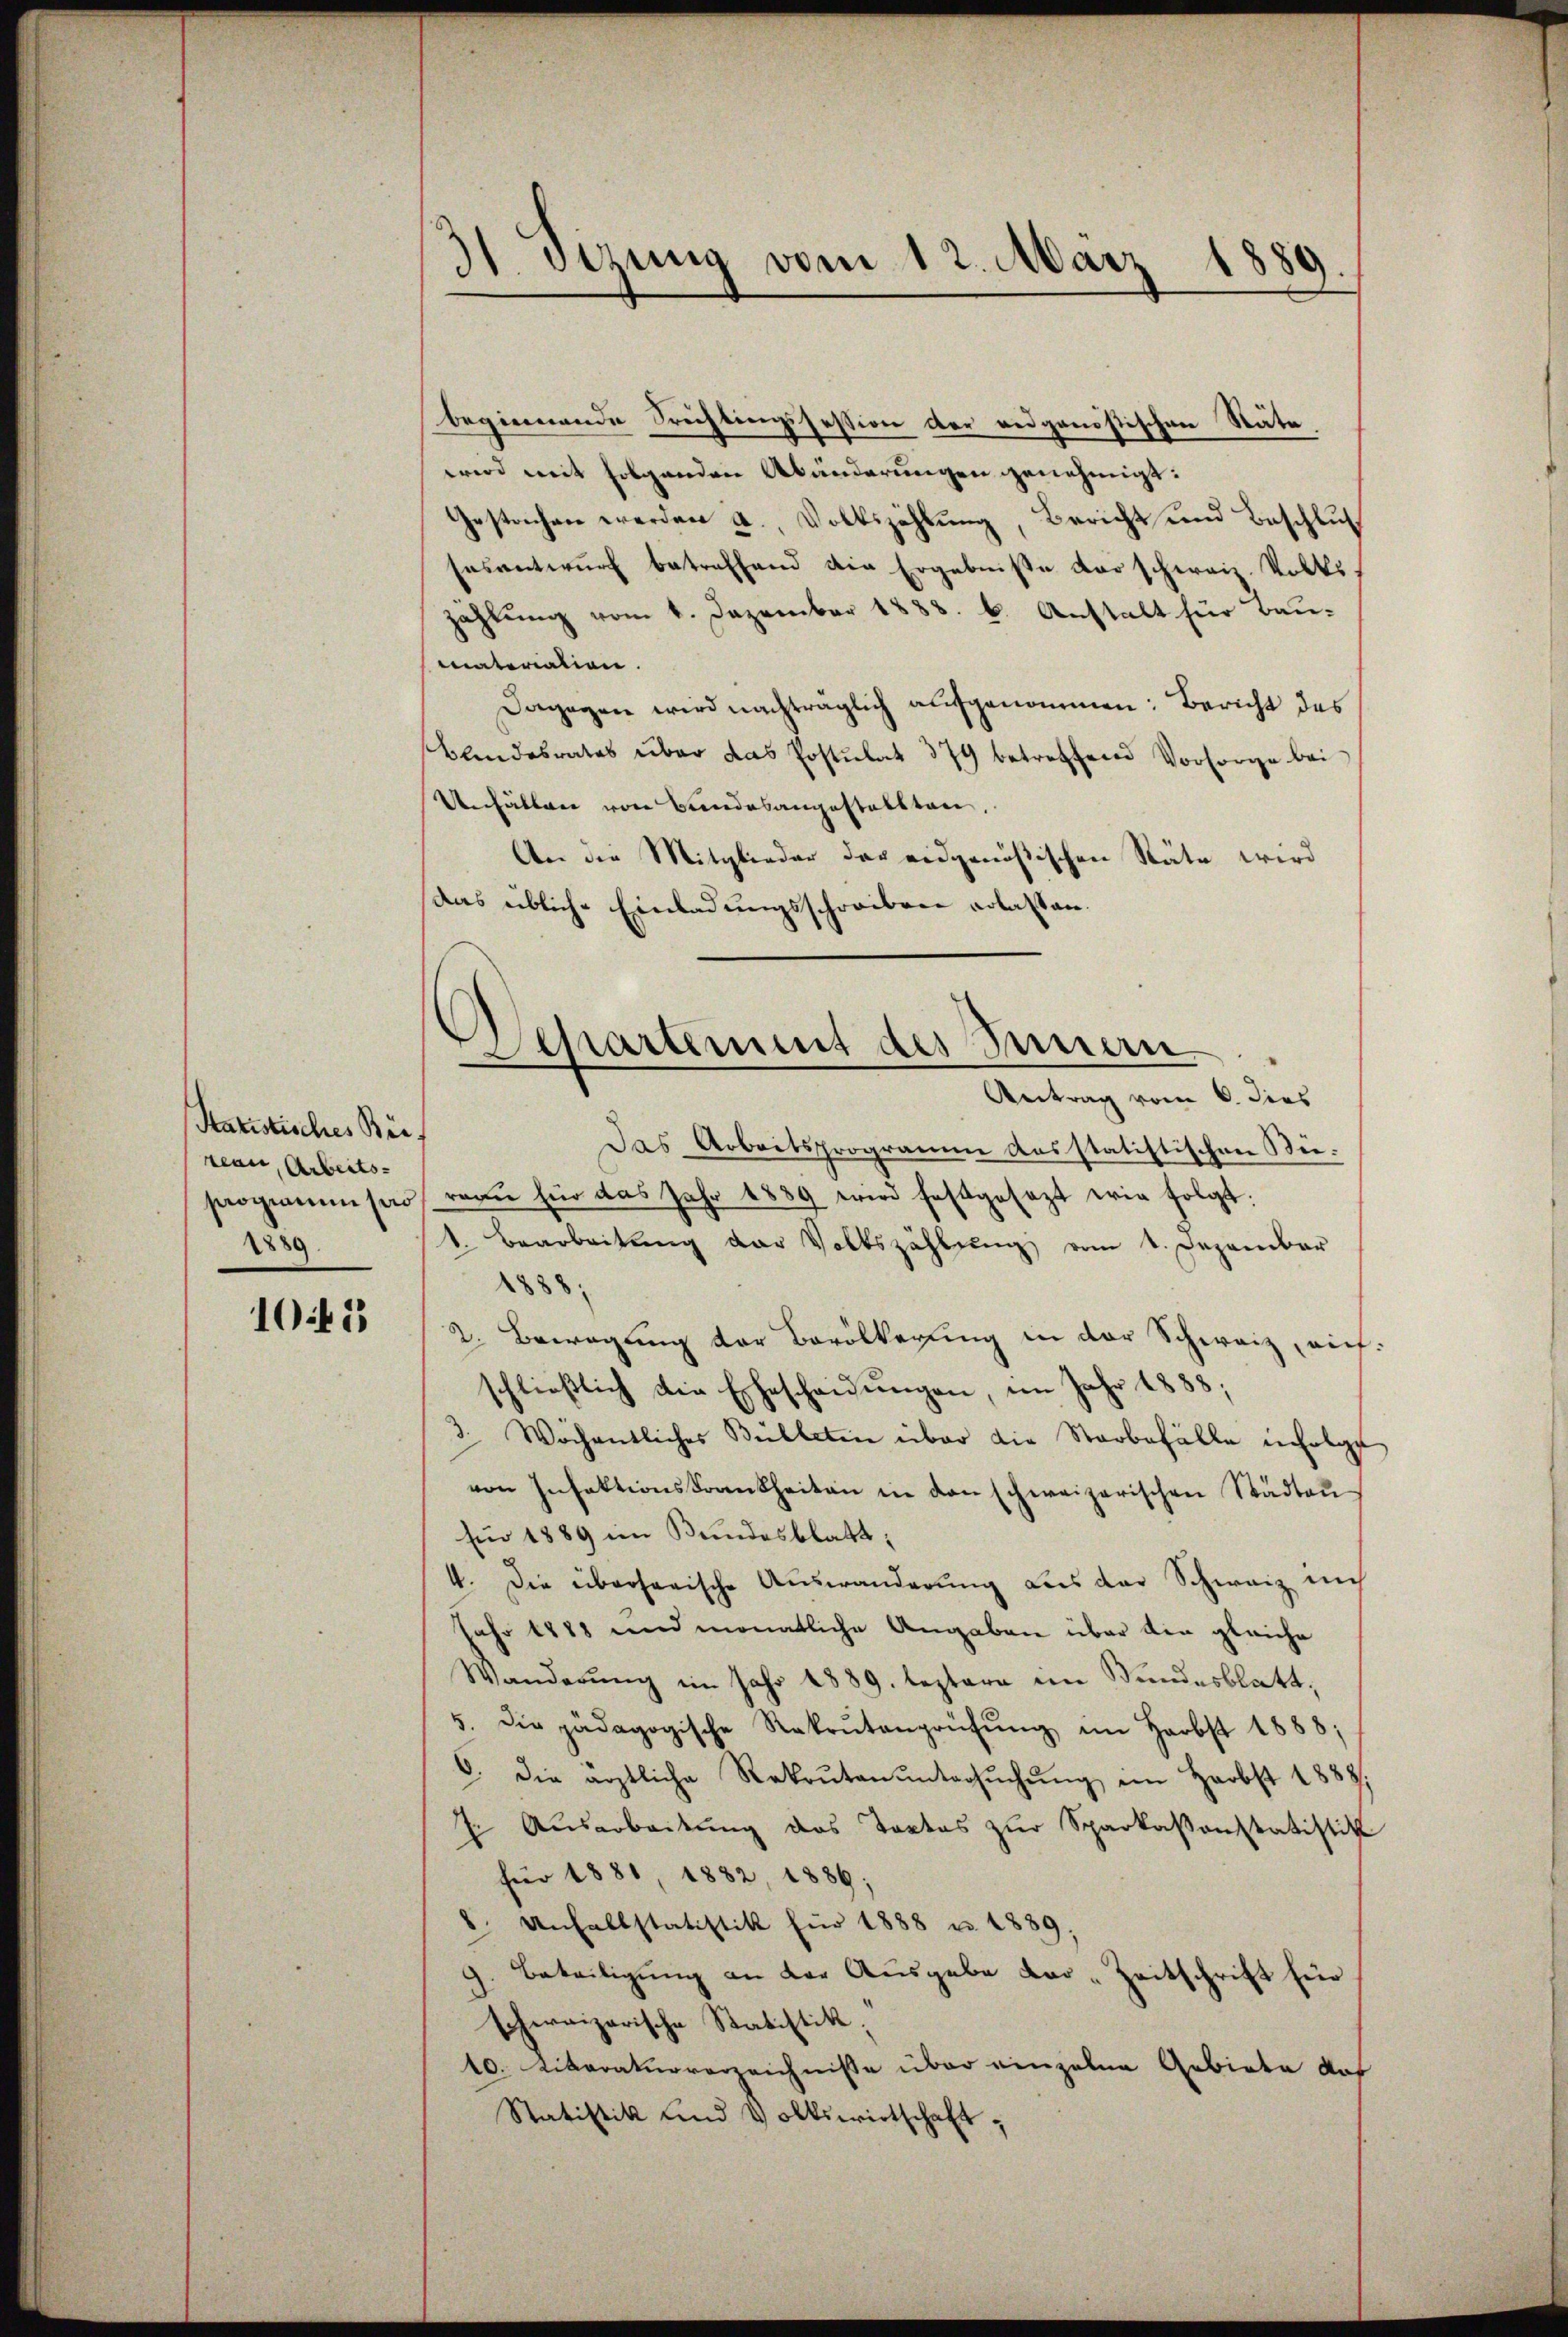
Statistisches Beitean, Arbeits-
1889

10 f 3

31. Dizung vom 12. Maiz
1889.
.
e
e

begiennende Trichtungssession der eidgenössischen Stäte
wird mit folgenden Abänderungen genehmigt:
Gestachen werden a. Volkszählung, Bericht und Beschluß
sesanterŭrf betreffend die Ergebniße der schweiz. Volks,
zahlung vom 6. Dezember 1888. b. Anstalt für Bau-
materialien.
Dagegen wird nachträglich aufgenommen: Bericht des
Bandesrates über das Postulat 379 betreffend Vorsorge bei
Unfällen von Bundesangestallten,
An die Mitglieder der eidgenößischen Stäte wird
das übliche Einladungsschreiben erlassen.
Das Arbeitsprogramm ausstatistischen Bieprogrammsas reaŭ für das Jahr 1889 wird festgesezt wir folgt:
1. Bearbeitŭng der Volkszählŭng vom 1. Dezember
1888.
2. Bewegung der Bevölkerung in der Schweiz, auf
schließlich die Ehescheidungen, im Jahr 1883;
3. Wochentliches Bülleten über die Starbefälle infolge
von Infektionskrankheiten in den schweizerischen Städten
sin 1889 im Bundesblatt,
4. Die überharische Auswanderung aus der Schweiz in
Jahr 1888 und monatliche Angaben über die gleiche
Wanderŭng im Jahr 1889. leztere im Bundesblatt,
5. Die pädagogische Rekrutenprüfŭng im Herbst 1888;
6. die ärztliche Rekruten ŭntersŭchŭng im Harbst 1888.
I. Ausarbeitung des Tortes zur Sparkassonstatistik
für 1881, 1882, 1886;
8. Unselbstatistik für 1888 u. 1889,
Beteiligung an der Ausgabe dar-Zeitschrift für
schweizerische Statistik.
10. Liberaturverzeichnisse über einzelne Gebiete daf
Statistik und Volkswirtschaft,

Achartement des Innern
Antrag vom 6. dies